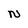
Character: N